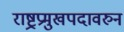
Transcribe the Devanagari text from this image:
राष्ट्रप्रमुखपदावरुन